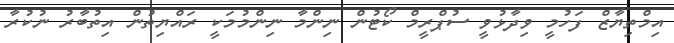
އިމްތިޔާޒް ފަހުމީ ވިދާޅުވީ ސުޕްރީމް ކޯޓުން ނިންމާ ނިންމުމަކީ ރައްޔިތުން އިތުބާރު ނުކުރާ